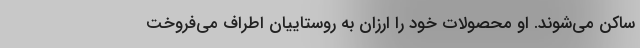
ساکن می‌شوند. او محصولات خود را ارزان به روستاییان اطراف می‌فروخت